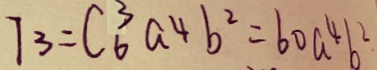
7 _ { 3 } = C _ { 6 } ^ { 3 } a ^ { 4 } b ^ { 2 } = 6 0 a ^ { 4 } b ^ { 2 }